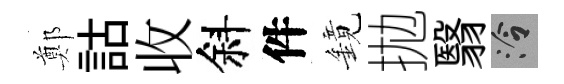
鄭詁收斜件鏡拋翳泠